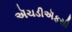
ઍચડીઍફસી